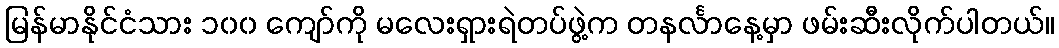
မြန်မာနိုင်ငံသား ၁၀၀ ကျော်ကို မလေးရှားရဲတပ်ဖွဲ့က တနင်္လာနေ့မှာ ဖမ်းဆီးလိုက်ပါတယ်။